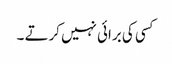
کسی کی برائی نہیں کرتے ۔